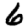
Digit: 6